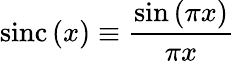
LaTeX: \textup{sinc}\left(x\right)\equiv\frac{\textup{sin}\left(\pi x\right)}{\pi x}